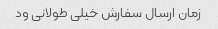
زمان ارسال سفارش خیلی طولانی ود